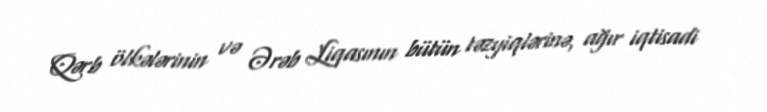
Qərb ölkələrinin və Ərəb Liqasının bütün təzyiqlərinə, ağır iqtisadi